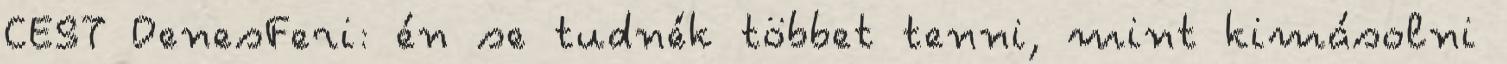
CEST DenesFeri: én se tudnék többet tenni, mint kimásolni